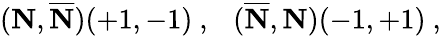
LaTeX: ({\mathbf N},{\overline{{{\mathbf N}}}})(+1,-1)~,~~~({\overline{{{\mathbf N}}}},{{\mathbf N}})(-1,+1)~,